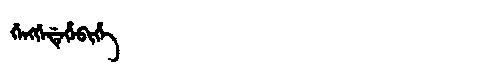
Manchu: ᡤᡝᠩᡤᡝᡩᡝᡥᡝᠪᡳᡥᡝ
Romanization: GENGGEDEHEBIHE